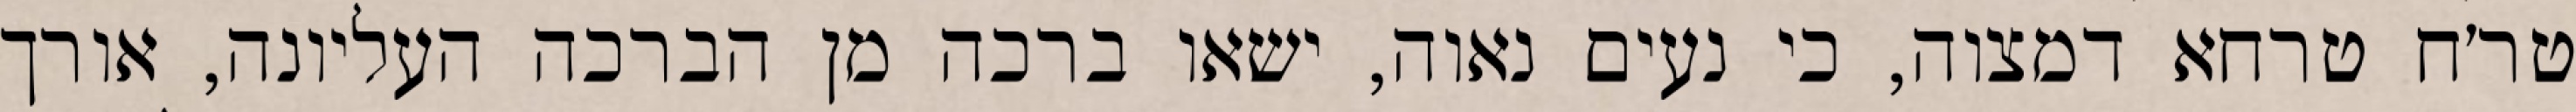
טר׳ח טרחא דמצוה, כי נעים נאוה, ישאו ברכה מן הברכה העליונה, אורך